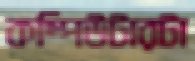
কম্পিউটারটা